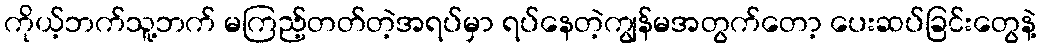
ကိုယ့်ဘက်သူ့ဘက် မကြည့်တတ်တဲ့အရပ်မှာ ရပ်နေတဲ့ကျွန်မအတွက်တော့ ပေးဆပ်ခြင်းတွေနဲ့